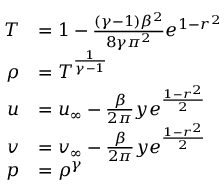
\begin{array} { r l } { T } & { = 1 - \frac { ( \gamma - 1 ) \beta ^ { 2 } } { 8 \gamma \pi ^ { 2 } } e ^ { 1 - r ^ { 2 } } } \\ { \rho } & { = T ^ { \frac { 1 } { \gamma - 1 } } } \\ { u } & { = u _ { \infty } - \frac { \beta } { 2 \pi } y e ^ { \frac { 1 - r ^ { 2 } } { 2 } } } \\ { v } & { = v _ { \infty } - \frac { \beta } { 2 \pi } y e ^ { \frac { 1 - r ^ { 2 } } { 2 } } } \\ { p } & { = \rho ^ { \gamma } } \end{array}